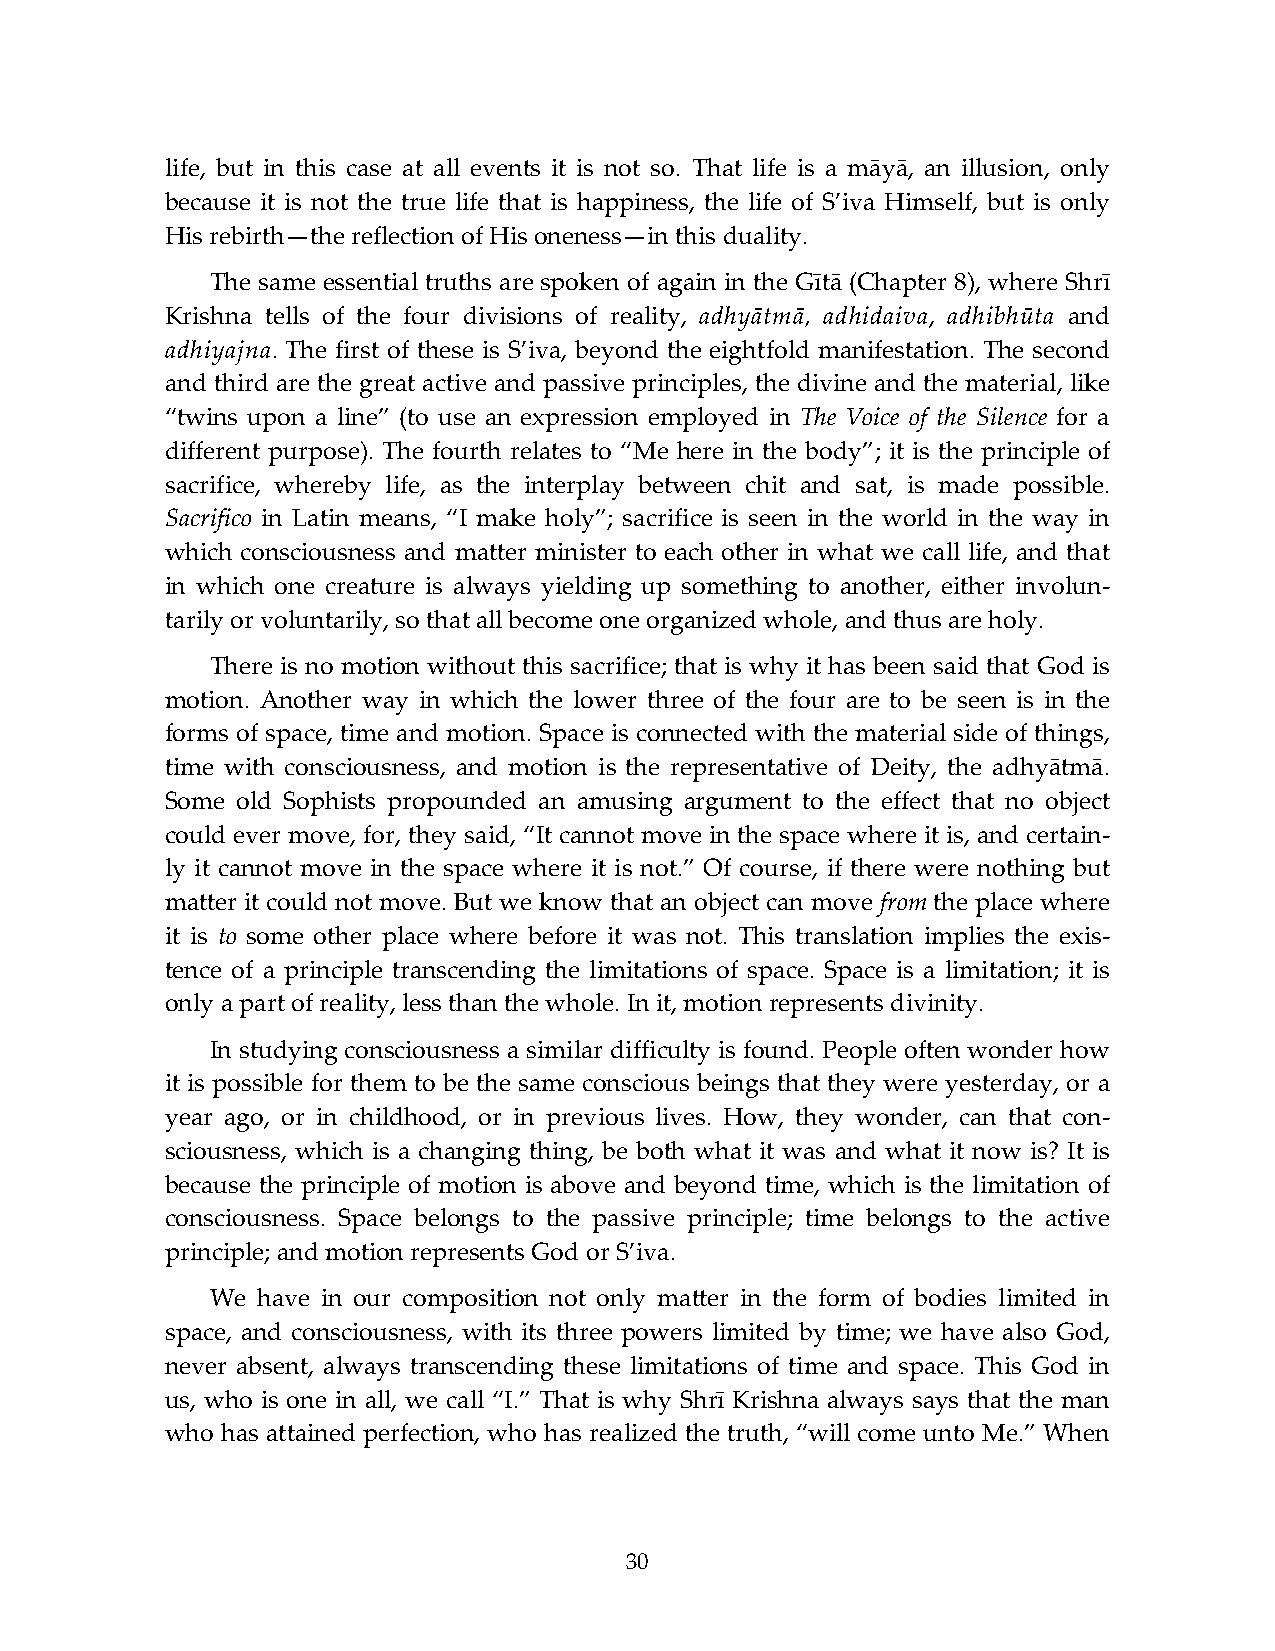
life, but in this case at all events it is not so. That life is a māyā, an illusion, only
 because it is not the true life that is happiness, the life of S’iva Himself, but is only
 His rebirth—the reflection of His oneness—in this duality.
 The same essential truths are spoken of again in the Gītā (Chapter 8), where Shrī
 Krishna tells of the four divisions of reality, adhyātmā, adhidaiva, adhibhūta and
 adhiyajna. The first of these is S’iva, beyond the eightfold manifestation. The second
 and third are the great active and passive principles, the divine and the material, like
 “twins upon a line” (to use an expression employed in The Voice of the Silence for a
 different purpose). The fourth relates to “Me here in the body”; it is the principle of
 sacrifice, whereby life, as the interplay between chit and sat, is made possible.
 Sacrifico in Latin means, “I make holy”; sacrifice is seen in the world in the way in
 which consciousness and matter minister to each other in what we call life, and that
 in which one creature is always yielding up something to another, either involun-
 tarily or voluntarily, so that all become one organized whole, and thus are holy.
 There is no motion without this sacrifice; that is why it has been said that God is
 motion. Another way in which the lower three of the four are to be seen is in the
 forms of space, time and motion. Space is connected with the material side of things,
 time with consciousness, and motion is the representative of Deity, the adhyātmā.
 Some old Sophists propounded an amusing argument to the effect that no object
 could ever move, for, they said, “It cannot move in the space where it is, and certain-
 ly it cannot move in the space where it is not.” Of course, if there were nothing but
 matter it could not move. But we know that an object can move from the place where
 it is to some other place where before it was not. This translation implies the exis-
 tence of a principle transcending the limitations of space. Space is a limitation; it is
 only a part of reality, less than the whole. In it, motion represents divinity.
 In studying consciousness a similar difficulty is found. People often wonder how
 it is possible for them to be the same conscious beings that they were yesterday, or a
 year ago, or in childhood, or in previous lives. How, they wonder, can that con-
 sciousness, which is a changing thing, be both what it was and what it now is? It is
 because the principle of motion is above and beyond time, which is the limitation of
 consciousness. Space belongs to the passive principle; time belongs to the active
 principle; and motion represents God or S’iva.
 We have in our composition not only matter in the form of bodies limited in
 space, and consciousness, with its three powers limited by time; we have also God,
 never absent, always transcending these limitations of time and space. This God in
 us, who is one in all, we call “I.” That is why Shrī Krishna always says that the man
 who has attained perfection, who has realized the truth, “will come unto Me.” When
 30